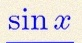
sin x